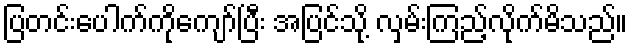
ပြတင်းပေါက်ကိုကျော်ပြီး အပြင်သို့ လှမ်းကြည့်လိုက်မိသည်။